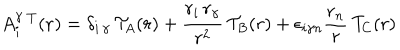
A _ { i } ^ { \gamma } \, ^ { T } ( { \bf r } ) = { \delta } _ { { i } \, { \gamma } } \, { \cal T } _ { A } ( r ) + \frac { r _ { i } \, r _ { \gamma } } { r ^ { 2 } } \, { \cal T } _ { B } ( r ) + { \epsilon } _ { i { \gamma } n } \frac { r _ { n } } { r } \, { \cal T } _ { C } ( r )